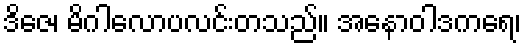
ဒိဇေ၊ မိဂါလောပလင်းတသည်။ အနောဝါဒကရေ၊